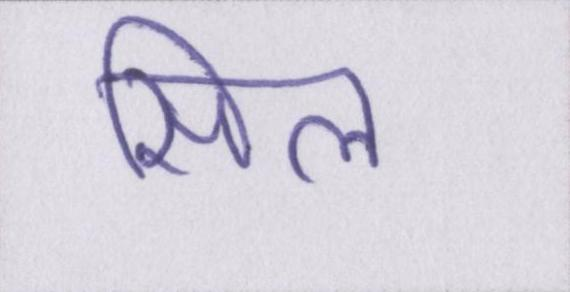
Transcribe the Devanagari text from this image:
सिल